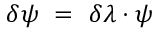
\delta \psi ~ = ~ \delta \lambda \cdot \psi